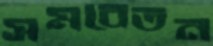
সমবেতন